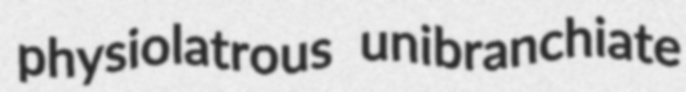
physiolatrous unibranchiate